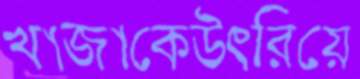
খাজাকেউৎরিয়ে